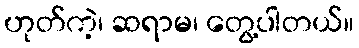
ဟုတ်ကဲ့၊ ဆရာမ၊ တွေ့ပါတယ်။